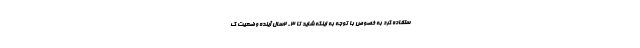
ستفاده کرد به خصوص با توجه به اینکه شاید تا ۳- ۲سال آینده وضعیت ک